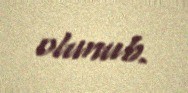
olunub.